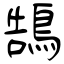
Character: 鵠